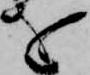
を